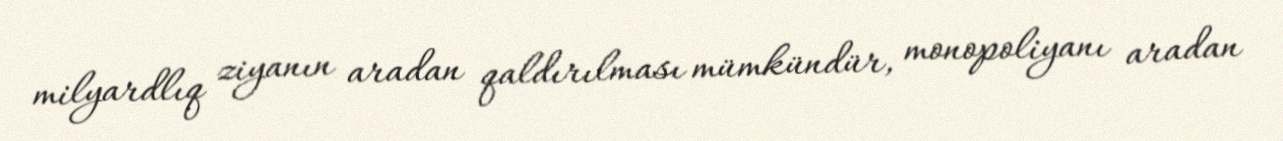
milyardlıq ziyanın aradan qaldırılması mümkündür, monopoliyanı aradan